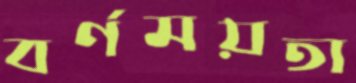
বর্ণময়তা